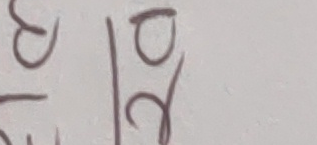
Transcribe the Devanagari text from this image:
छ/३ | ७/२